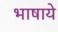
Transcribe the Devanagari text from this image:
भाषाये